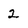
Character: 2